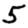
Digit: 5